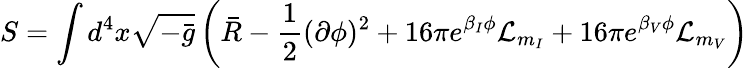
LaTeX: S=\int d^{4}x\sqrt{-\bar{g}}\left(\bar{R}-\frac{1}{2}(\partial\phi)^{2}+16\pi e^{\beta_{I}\phi}{\cal L}_{m_{I}}+16\pi e^{\beta_{V}\phi}{\cal L}_{m_{V}}\right)